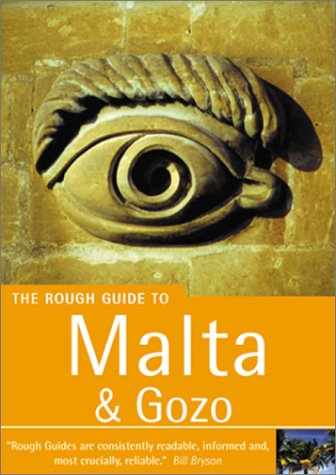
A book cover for The Rough Guide to Malta & Gozo 1 (Rough Guide Mini Guides); Victor Paul Borg; Travel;